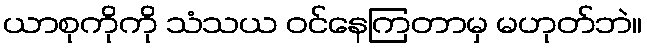
ယာစုကိုကို သံသယ ဝင်နေကြတာမှ မဟုတ်ဘဲ။